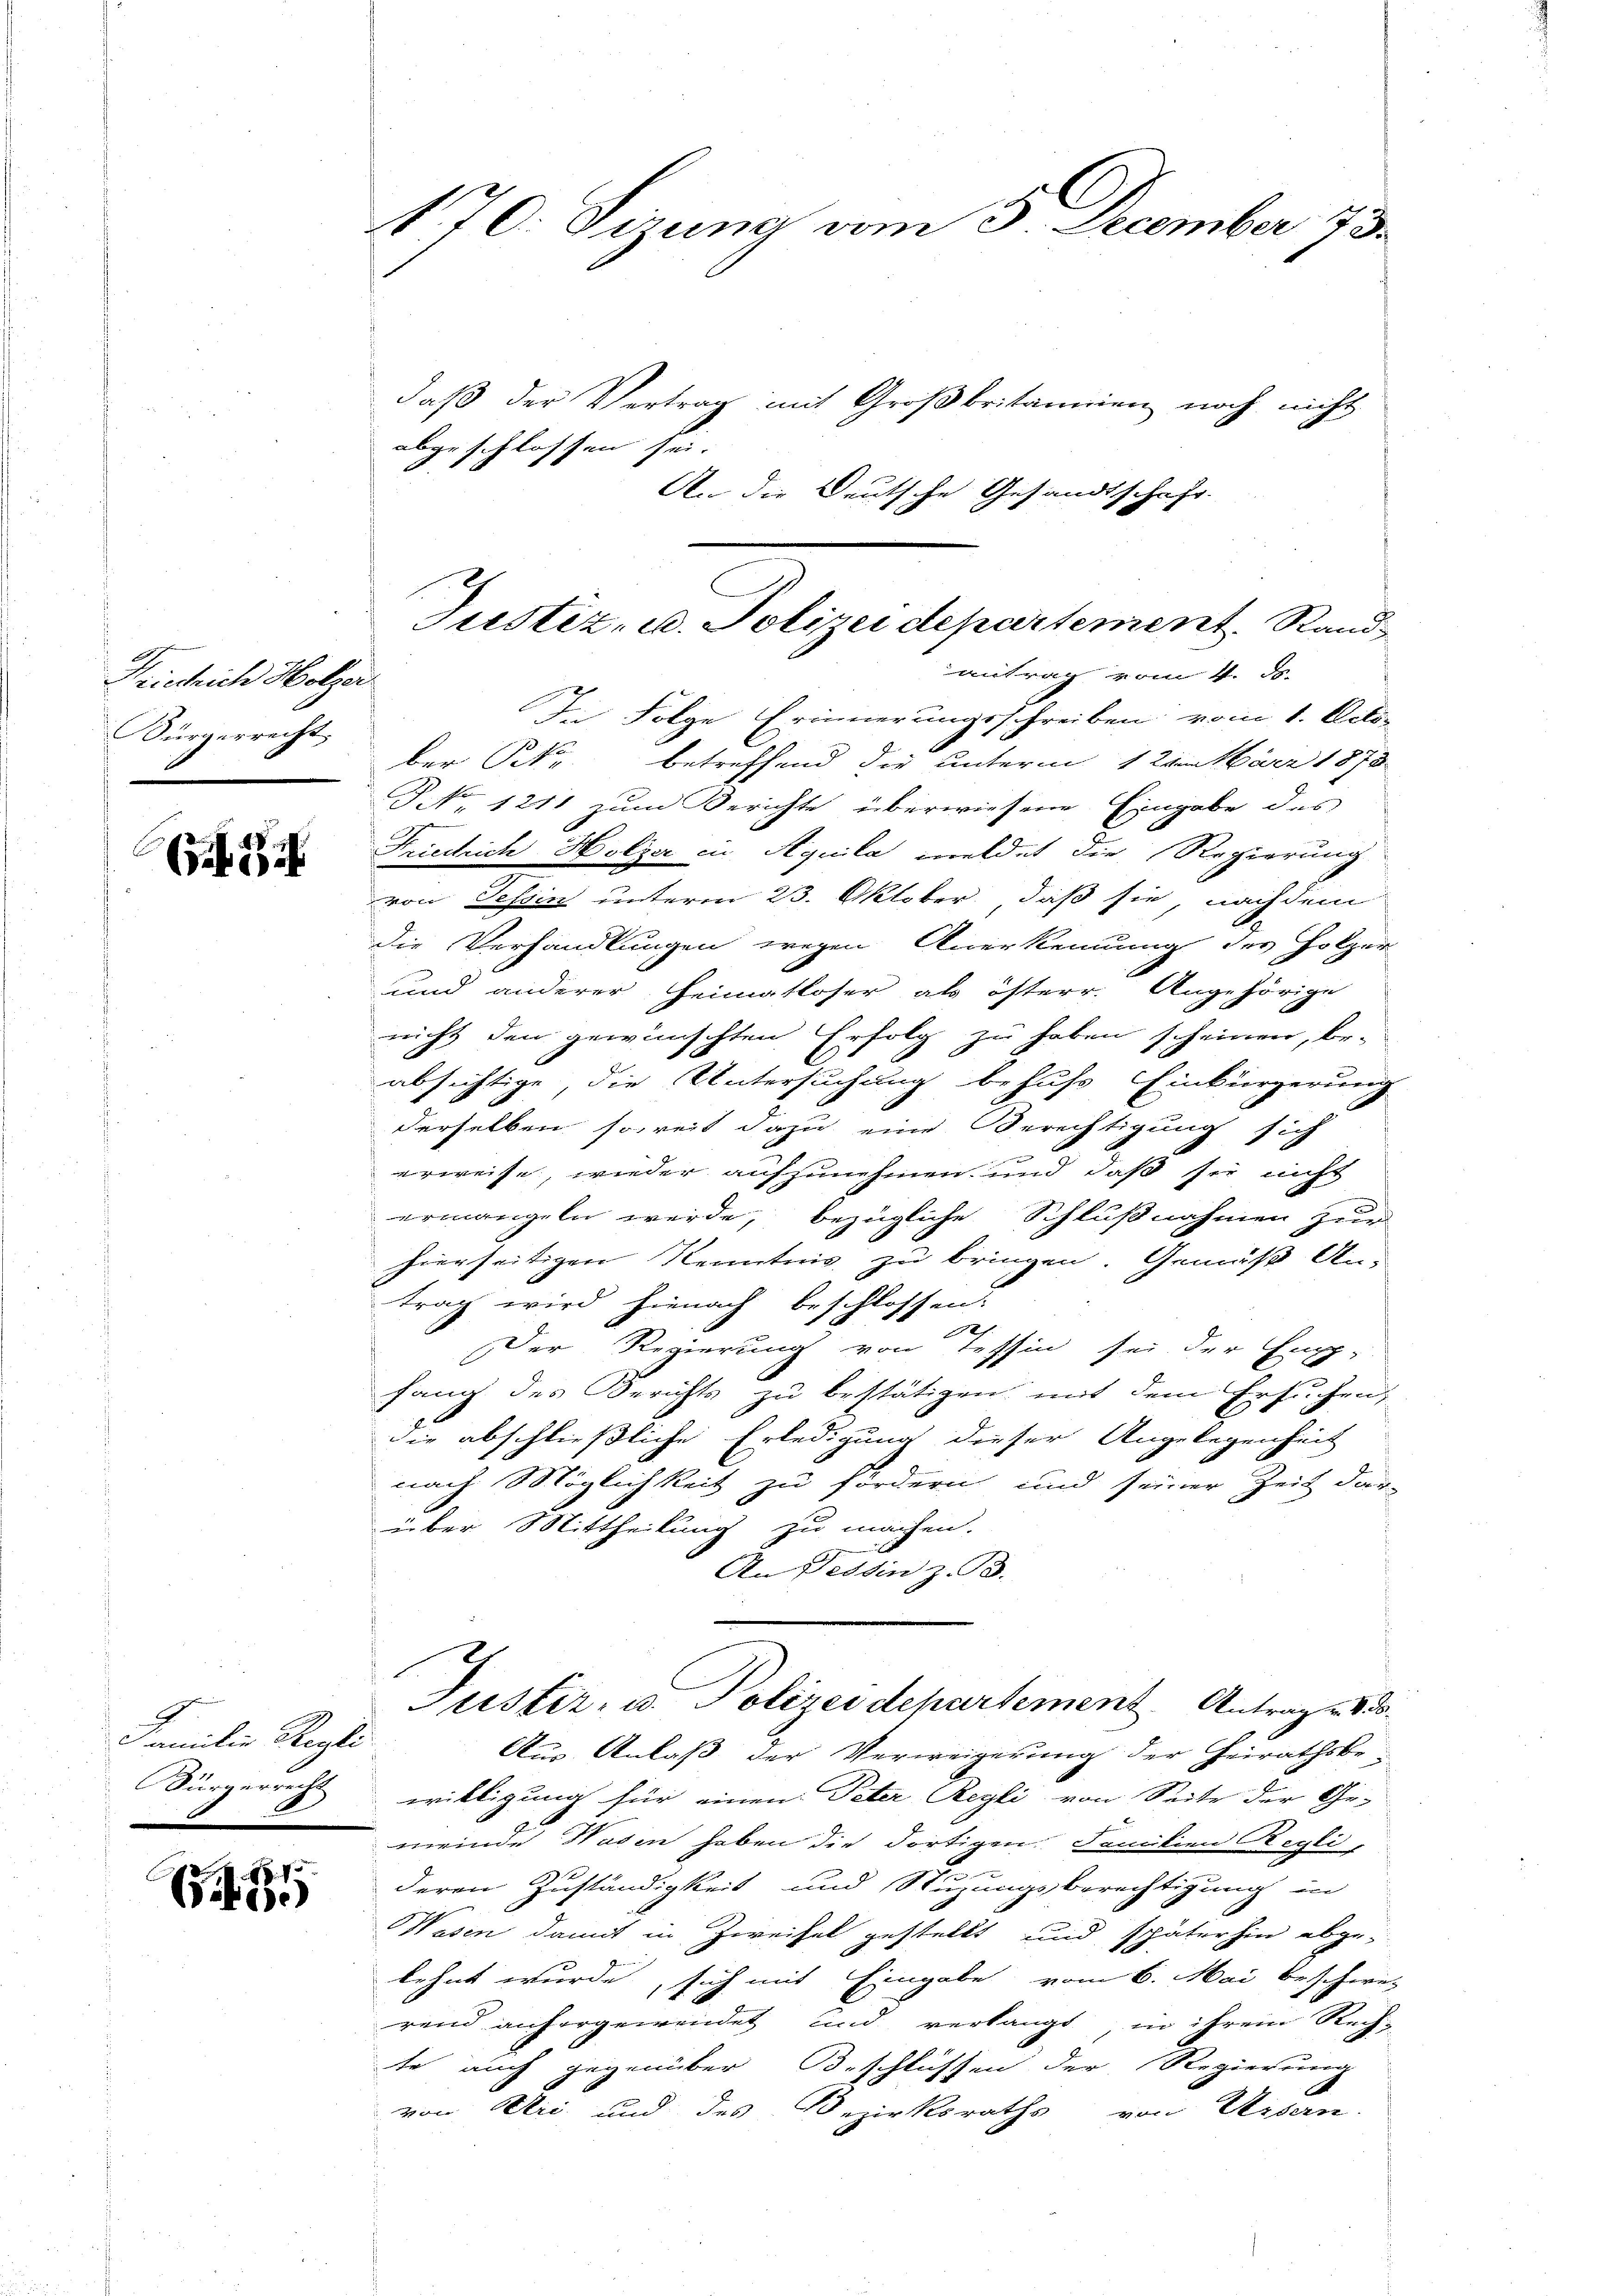
Fristlich Holzer
Bürgerrecht.
—

Familie Regli
Sürgerrecht
5

65

170. dirung vom 3. December 73.

Justiz- u. Polizei departement. Sandantrag vom 4. ds.

daß der Vertrag mit Großbritannien noch nicht
abgeschlossen sei.
An die Deutsche Gesandtschaft.
In Folge Erinnerungsschreiben vom 1. Octo-
ber kr. betreffend die unterm 1 Lombare 1878
J No 1211 zum Berichte überwiesene Eingabe des
Friedrich Holzer in Aquila meldet die Regierung
von Tessin unterm 23. Oktober, daß sie, nachdem
die Verhandlungen wegen Anerkennung des Holzer
und anderer Heimatloser als österr. Angehörige
nicht den gewünschten Erfolg zu haben scheinen, be-
absichtige, die Untersuchung behufs Einbürgerung
derselben soweit dazu eine Berechtigung sich
erweise, wieder aufzunehmen und daß sie nicht
ermangeln werde, bezügliche Schlußnahmen zur
hierseitigen Kenntnis zu bringen. Gemäß An-
trag wird hienach beschlossen:
Der Regierung von Tessin sei der Emp-
fang des Gerichts zu bestätigen mit dem Ersuchen,
die abschließliche Erledigung dieser Angelegenheit
nach Möglichkeit zu fördern und seiner Zeit dar-
über Mittheilung zu machen.
An Tessin z. T.
Jüster- u. Polizeidepartement. Antrag u. 83.
Aus Anlass der Verweigerung der Heirathsbe-
willigung für einen Peter Regli von Seite der Ge-
meinde Wagen haben die dortigen Familien Regli-
deren Zuständigkeit und Stuzungsberechtigung in
Wasen damit in Zweifel gestellt und späterhin abge-
lehnt wurde, sich mit Eingabe vom 6. Mai beschweiz
rend anhergewendet und verlangt in ihrem Rech-
te auch gegenüber Beschlüssen der Regierung
von Uri und des Bezirksraths von Ursern.